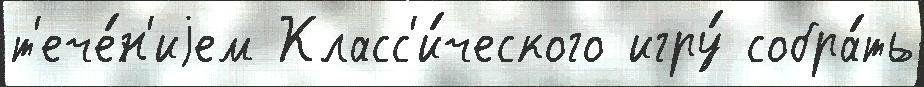
т'ече́н'иjем Класс'и́ческого игру́ собра́ть